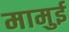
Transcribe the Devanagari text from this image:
मामुई